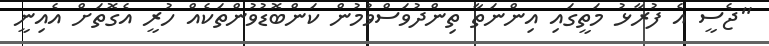
"ޖެސީ އެ ފުރާޅު މަތީގައި އިންނަތާ ތިންދުވަސްވުމުން ކަންބޮޑުވުންތަކެއް ހުރީ އެގޮތަށް އެއިނީ